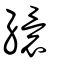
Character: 繯